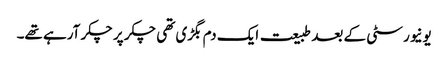
یونیورسٹی کے بعد طبیعت ایک دم بگڑی تھی چکر پر چکر آرہے تھے۔